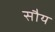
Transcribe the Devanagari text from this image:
सौय